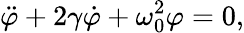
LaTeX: \ddot{\varphi}+2\gamma\dot{\varphi}+\omega_{0}^{2}\varphi=0,